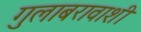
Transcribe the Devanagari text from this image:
गुलाबरावाशी